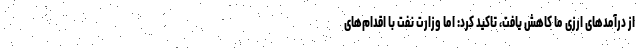
از درآمدهای ارزی ما کاهش یافت، تاکید کرد: اما وزارت نفت با اقدام‌های